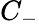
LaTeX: C_{-}